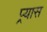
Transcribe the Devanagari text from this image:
प्र्यास